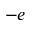
- e